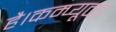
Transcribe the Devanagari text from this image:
है।कम्प्यूटर